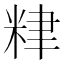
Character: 𥹧